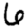
Digit: 6